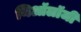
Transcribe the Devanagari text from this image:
थिऑलॉजी